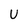
Character: U